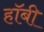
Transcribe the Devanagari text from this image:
हाॅबी